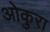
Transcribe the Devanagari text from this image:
ओकुरा